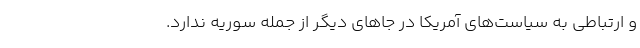
و ارتباطی به سیاست‌های آمریکا در جا‌های دیگر از جمله سوریه ندارد.